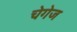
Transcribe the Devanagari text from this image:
चेगेज